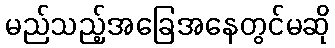
မည်သည့်အခြေအနေတွင်မဆို